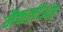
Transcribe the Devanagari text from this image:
मैकलीओड